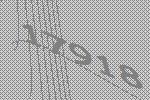
17918